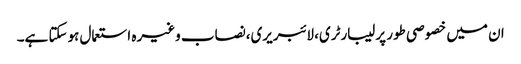
ان میں خصوصی طور پر لیبارٹری، لائبریری،نصاب وغیرہ استعمال ہوسکتا ہے۔